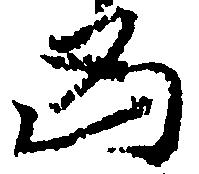
凶